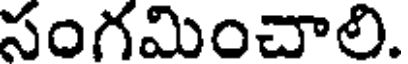
సంగమించాలి.